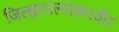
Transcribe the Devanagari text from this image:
जिल्ह्यातल्याकरवीर